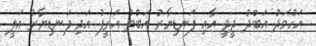
އަހުމަދު އަބްދު ދީދީ އާއި ފަނޑިޔާރު އަބްދު އަރީފު އަދި ފަނޑިޔާރު އަލީ